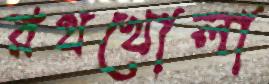
রথখোলা